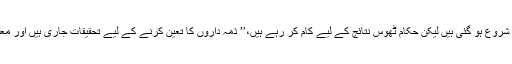
بن علی یلدرم نے کہا کہ تفصیلات سامنے آنا شروع ہو گئی ہیں لیکن حکام ٹھوس نتائج کے لیے کام کر رہے ہیں،’’ ذمہ داروں کا تعین کرنے کے لیے تحقیقات جاری ہیں اور معلومات سامنے آنے پر انہیں عام کیا جائے گا۔